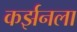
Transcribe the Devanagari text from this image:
कर्झनला